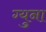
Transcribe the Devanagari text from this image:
ग्युना